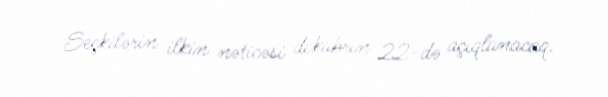
Seçkilərin ilkin nəticəsi dekabrın 22-də açıqlanacaq.